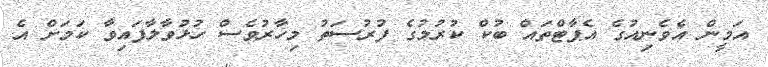
އަމީން އެވެނިއުގެ އެޕާޓްތައް ބުކް ކުރުމުގެ ފުރުސަތު މިހާރުވެސް ހުޅުވާލާފައިވާ ކަމަށް އެ